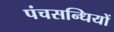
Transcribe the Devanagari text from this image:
पंचसन्धियों